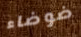
ضوضاء